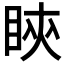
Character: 鿃